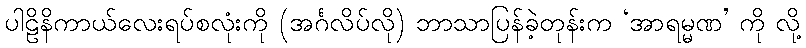
ပါဠိနိကာယ်လေးရပ်စလုံးကို (အင်္ဂလိပ်လို) ဘာသာပြန်ခဲ့တုန်းက ‘အာရမ္မဏ’ ကို လို့